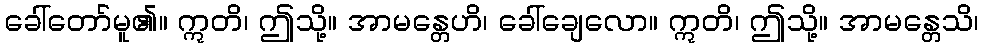
ခေါ်တော်မူ၏။ ဣတိ၊ ဤသို့။ အာမန္တေဟိ၊ ခေါ်ချေလော။ ဣတိ၊ ဤသို့။ အာမန္တေသိ၊